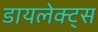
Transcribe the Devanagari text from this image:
डायलेक्ट्स